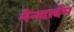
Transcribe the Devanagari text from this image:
मैनहाईम